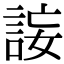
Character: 𧧄